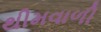
થીમવાળી